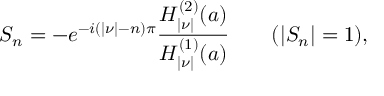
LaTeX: S _ { n } = - e ^ { - i ( | \nu | - n ) \pi } { \frac { H _ { | \nu | } ^ { ( 2 ) } ( a ) } { H _ { | \nu | } ^ { ( 1 ) } ( a ) } } \qquad ( | S _ { n } | = 1 ) ,